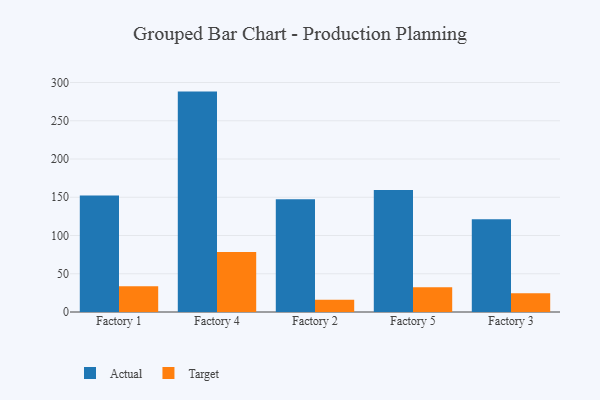
{"axis": {"x": "Factory", "y": "Operating Costs (USD K)"}, "legend": ["Actual", "Target"], "data": [{"x": "Factory 1", "y": 152.4, "type": "Actual"}, {"x": "Factory 1", "y": 33.5, "type": "Target"}, {"x": "Factory 4", "y": 288.1, "type": "Actual"}, {"x": "Factory 4", "y": 78.3, "type": "Target"}, {"x": "Factory 2", "y": 147.3, "type": "Actual"}, {"x": "Factory 2", "y": 15.9, "type": "Target"}, {"x": "Factory 5", "y": 159.5, "type": "Actual"}, {"x": "Factory 5", "y": 32.2, "type": "Target"}, {"x": "Factory 3", "y": 121.1, "type": "Actual"}, {"x": "Factory 3", "y": 24.4, "type": "Target"}]}